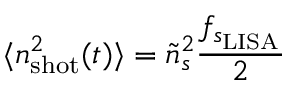
\langle n _ { \mathrm { s h o t } } ^ { 2 } ( t ) \rangle = \tilde { n } _ { s } ^ { 2 } \frac { f _ { s _ { \mathrm { { L I S A } } } } } { 2 }